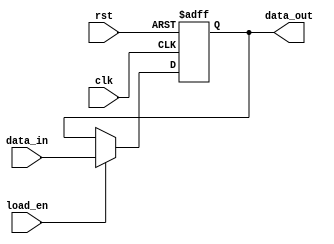
module control_register #(
    parameter N = 8 // Width of the control register (number of bits)
)(
    input wire clk,          // Clock signal
    input wire rst,          // Asynchronous reset signal
    input wire [N-1:0] data_in, // Data input for the control signals
    input wire load_en,      // Load enable signal
    output reg [N-1:0] data_out // Data output of the control register
);

    // Asynchronous reset and data loading on the rising edge of the clock
    always @(posedge clk or posedge rst) begin
        if (rst) begin
            data_out <= {N{1'b0}}; // Reset the control register to 0
        end else if (load_en) begin
            data_out <= data_in;   // Load data input into the register
        end
        // If neither rst nor load_en is asserted, retain current value
    end

endmodule